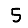
Digit: 5